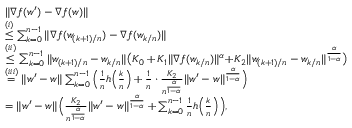
\begin{array} { r l } & { \| \nabla f ( w ^ { \prime } ) - \nabla f ( w ) \| } \\ & { \overset { ( i ) } { \le } \sum _ { k = 0 } ^ { n - 1 } \| \nabla f ( w _ { ( k + 1 ) / n } ) - \nabla f ( w _ { k / n } ) \| } \\ & { \overset { ( i i ) } { \le } \sum _ { k = 0 } ^ { n - 1 } \| w _ { ( k + 1 ) / n } - w _ { k / n } \| \big ( K _ { 0 } + K _ { 1 } \| \nabla f ( w _ { k / n } ) \| ^ { \alpha } \! + \! K _ { 2 } \| w _ { ( k + 1 ) / n } - w _ { k / n } \| ^ { \frac { \alpha } { 1 - \alpha } } \big ) } \\ & { \overset { ( i i i ) } { = } \| w ^ { \prime } - w \| \sum _ { k = 0 } ^ { n - 1 } \Big ( \frac { 1 } { n } h \Big ( \frac { k } { n } \Big ) + \frac { 1 } { n } \cdot \frac { K _ { 2 } } { n ^ { \frac { \alpha } { 1 - \alpha } } } \| w ^ { \prime } - w \| ^ { \frac { \alpha } { 1 - \alpha } } \Big ) } \\ & { = \| w ^ { \prime } - w \| \Big ( \frac { K _ { 2 } } { n ^ { \frac { \alpha } { 1 - \alpha } } } \| w ^ { \prime } - w \| ^ { \frac { \alpha } { 1 - \alpha } } + \sum _ { k = 0 } ^ { n - 1 } \frac { 1 } { n } h \Big ( \frac { k } { n } \Big ) \Big ) , } \end{array}